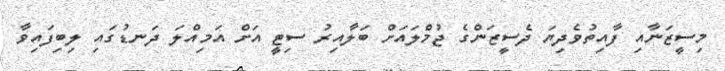
މިސީޒަނާއި ފާއިތުވެދިޔަ ދެސީޒަންގެ ޖުމްލައަށް ބަލާއިރު ސިޓީ އަށް އަމިއްލަ ދަނޑުގައި ލިބިފައިވާ